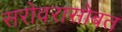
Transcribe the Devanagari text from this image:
सरोवरासोबत